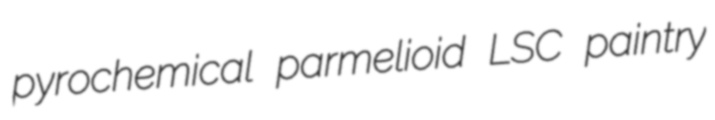
pyrochemical parmelioid LSC paintry